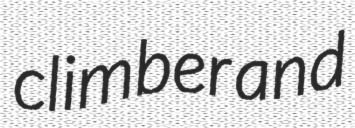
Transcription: climber and